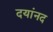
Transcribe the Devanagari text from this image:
दयांनद